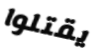
يقتلوا